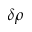
\delta \rho